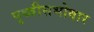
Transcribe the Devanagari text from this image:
पृथ्वीसभोवार